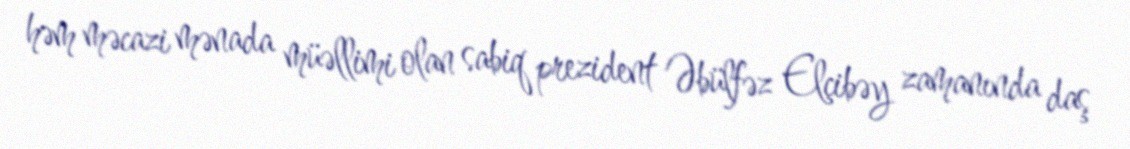
həm məcazi mənada müəllimi olan sabiq prezident Əbülfəz Elçibəy zamanında daş